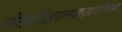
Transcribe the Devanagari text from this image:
गीतसीतारामप्रत्युद्गमोत्सवः